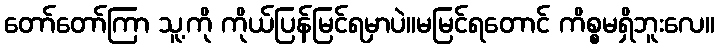
တော်တော်ကြာ သူ့ကို ကိုယ်ပြန်မြင်ရမှာပဲ။မမြင်ရတောင် ကိစ္စမရှိဘူးလေ။